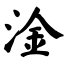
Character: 淦